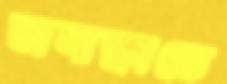
অসাক্ষাতে